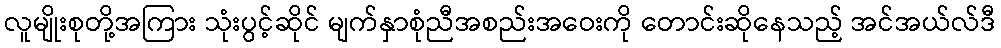
လူမျိုးစုတို့အကြား သုံးပွင့်ဆိုင် မျက်နှာစုံညီအစည်းအဝေးကို တောင်းဆိုနေသည့် အင်အယ်လ်ဒီ